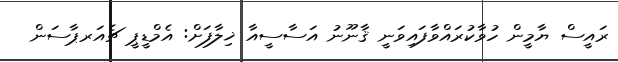
ރައީސް ޔާމީން ހުވާކުރައްވާފައިވަނީ ޤާނޫނު އަސާސީއާ ޚިލާފަށް: އެމްޑީޕީ ޗެއަރޕާސަން